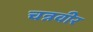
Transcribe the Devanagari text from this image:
चन्नवीर